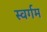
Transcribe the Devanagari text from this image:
स्वर्गम